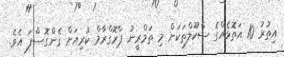
އިތުރު 10 އަތޮޅެއްގެ ސްކޫލްތަކަށް މި ތަމްރީނު ޕްރޮގްރާމް ކުރިއަށް ގެންގޮސްފަ އެވެ.